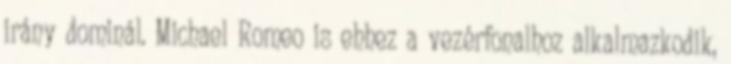
irány dominál. Michael Romeo is ehhez a vezérfonalhoz alkalmazkodik,